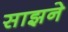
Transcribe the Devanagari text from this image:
साझने